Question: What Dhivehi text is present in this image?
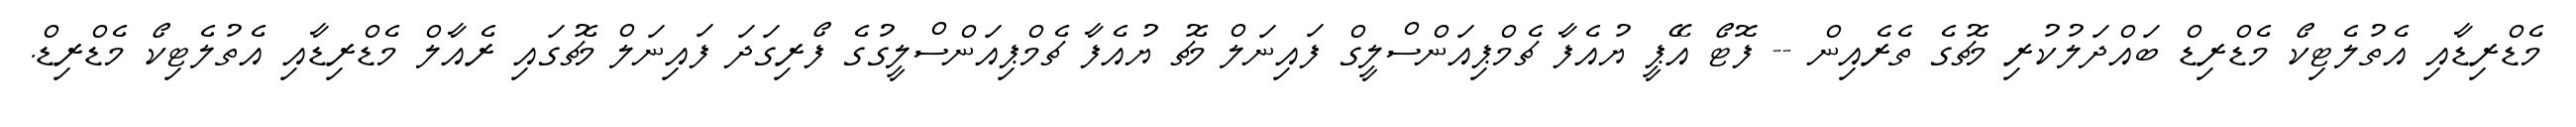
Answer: މެޑްރިޑާއި އެތުލެޓިކޯ މެޑްރިޑް ބައްދަލުކުރި މެޗުގެ ތެރެއިން -- ފޮޓޯ އޭޕީ ޔުއެފާ ޗެމްޕިއަންސްލީގް ފައިނަލް މެޗު ޔުއެފާ ޗެމްޕިއަންސްލީގުގެ ފޯރިގަދަ ފައިނަލް މެޗުގައި ރެއާލް މެޑްރިޑާއި އެތުލެޓިކޯ މެޑްރިޑް.